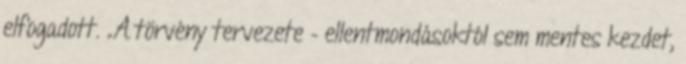
elfogadott. „A törvény tervezete – ellentmondásoktól sem mentes kezdet,